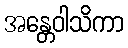
အန္တေဝါသိကာ